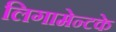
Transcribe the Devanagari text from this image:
लिगामेन्टके